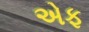
એફ